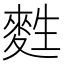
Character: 𪌜